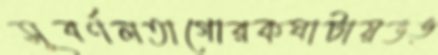
সূবর্ণলতাগোরকঘাটায়ভঙ্